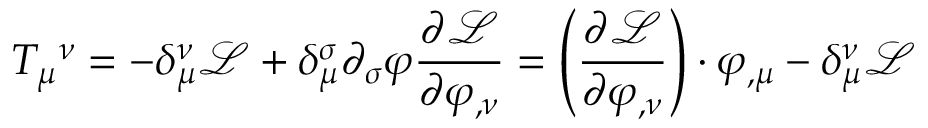
T _ { \mu } { } ^ { \nu } = - \delta _ { \mu } ^ { \nu } { \mathcal { L } } + \delta _ { \mu } ^ { \sigma } \partial _ { \sigma } \varphi { \frac { \partial { \mathcal { L } } } { \partial \varphi _ { , \nu } } } = \left( { \frac { \partial { \mathcal { L } } } { \partial \varphi _ { , \nu } } } \right) \cdot \varphi _ { , \mu } - \delta _ { \mu } ^ { \nu } { \mathcal { L } }